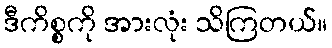
ဒီကိစ္စကို အားလုံး သိကြတယ်။